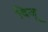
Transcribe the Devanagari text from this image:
दिजू